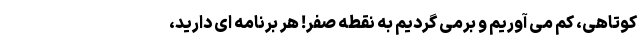
کوتاهی، کم می آوریم و برمی گردیم به نقطه صفر! هر برنامه ای دارید،